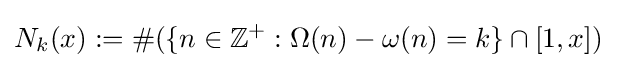
N_{k}(x):=\#(\{n\in \mathbb {Z} ^{+}:\Omega (n)-\omega (n)=k\}\cap [1,x])